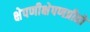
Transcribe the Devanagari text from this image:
क्षेपणीक्षेपणप्रीतो